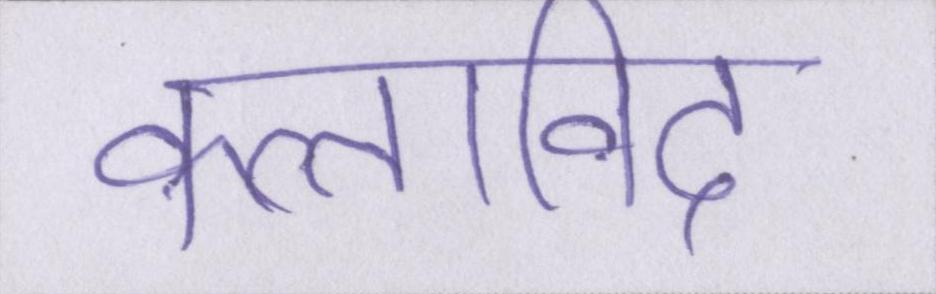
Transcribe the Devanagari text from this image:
कलाविद